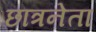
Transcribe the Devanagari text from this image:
छात्रनेता